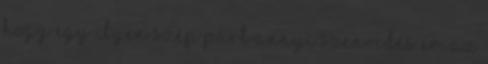
hogy egy ilyen szép párt annyi szenvedés ér. Az